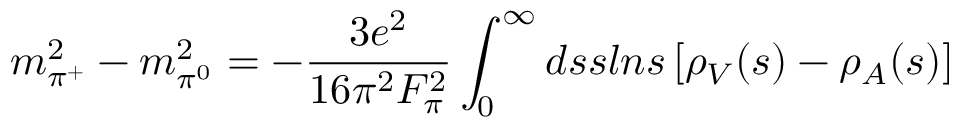
m _ { \pi ^ { + } } ^ { 2 } - m _ { \pi ^ { 0 } } ^ { 2 } = - { \frac { 3 e ^ { 2 } } { 1 6 \pi ^ { 2 } F _ { \pi } ^ { 2 } } } \int _ { 0 } ^ { \infty } d s s l n s \left[ \rho _ { V } ( s ) - \rho _ { A } ( s ) \right]